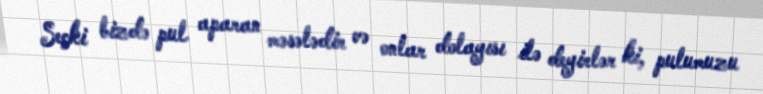
Seçki bizdə pul aparan məsələdir və onlar dolayısı ilə deyirlər ki, pulumuzu